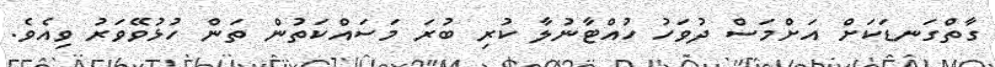
ގާތްގަނޑަކަށް އަށްމަސް ދުވަހު ހުއްޓާނުލާ ކުރި ބުރަ މަސައްކަތުން ތަން ހުޅުވޭވަރު ވިއެވެ.